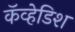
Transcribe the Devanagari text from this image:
कॅव्हेडिश